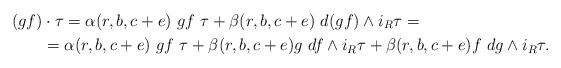
LaTeX: \begin{align*}(gf)&\cdot\tau = \alpha(r,b,c+e)\ gf\ \tau + \beta(r,b,c+e)\ d(gf)\wedge i_R\tau = \\&= \alpha(r,b,c+e)\ gf\ \tau + \beta(r,b,c+e)g\ df\wedge i_R\tau + \beta(r,b,c+e)f\ dg\wedge i_R\tau.\end{align*}